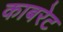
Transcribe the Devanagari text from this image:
काबरेट